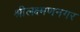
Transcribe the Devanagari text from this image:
श्रीलक्ष्मणनगर